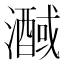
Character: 𭳒